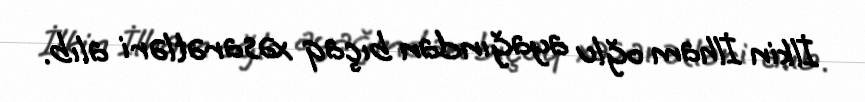
İlkin İlham oğlu ayağından bıçaq xəsarətləri alıb.